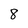
Character: 8